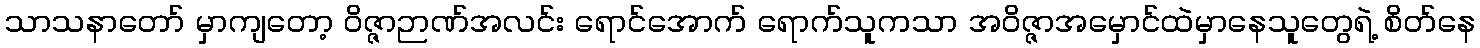
သာသနာတော် မှာကျတော့ ဝိဇ္ဇာဉာဏ်အလင်း ရောင်အောက် ရောက်သူကသာ အဝိဇ္ဇာအမှောင်ထဲမှာနေသူတွေရဲ့ စိတ်နေ